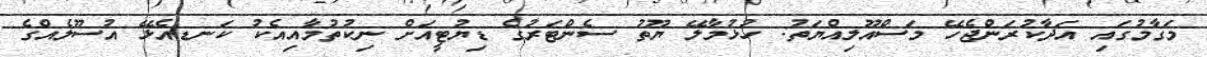
މަގާމުގައި އަދާކުރަންޖެހޭ މަސްއޫލިއްޔަތު: ހުޅުމާލޭ ޔޫތު ސެންޓަރުގެ ޑިޔުޓީއަށް ނިކުތުމާއިއެކު ކަނޑއެޅޭ އުސޫލެއްގެ